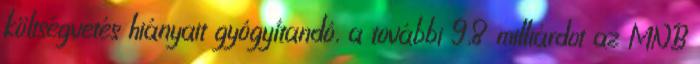
költségvetés hiányait gyógyítandó, a további 9,8 milliárdot az MNB